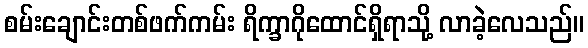
စမ်းချောင်းတစ်ဖက်ကမ်း ရိက္ခာဂိုထောင်ရှိရာသို့ လာခဲ့လေသည်။